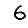
Digit: 6